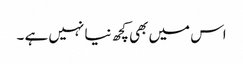
اس میں بھی کچھ نیا نہیں ہے ۔